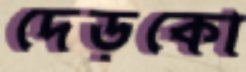
দেড়কো